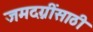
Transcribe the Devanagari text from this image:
जमदग्नींसाठी